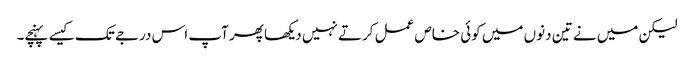
لیکن میں نے تین دنوں میں کوئی خاص عمل کرتے نہیں دیکھا پھر آپ اس درجے تک کیسے پہنچے۔